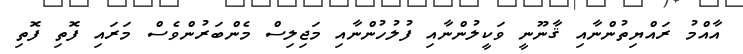
އާއްމު ރައްޔިތުންނާއި ޤާނޫނީ ވަކީލުންނާއި ފުލުހުންނާއި މަޖިލިސް މެންބަރުންވެސް މަރައި ފޮތި ފޮތި